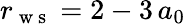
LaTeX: r_{\mathrm{~w~s~}}=2-3\, a_{0}